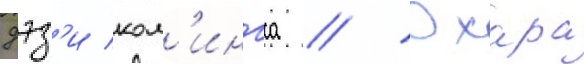
дэз'и кол'ингса // Охара